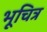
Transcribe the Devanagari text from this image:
भूचित्र